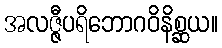
အလဇ္ဇီပရိဘောဂဝိနိစ္ဆယ။